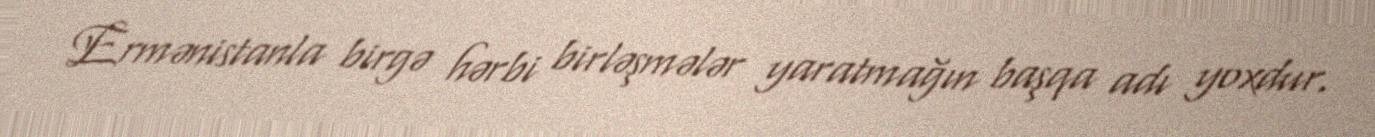
Ermənistanla birgə hərbi birləşmələr yaratmağın başqa adı yoxdur.